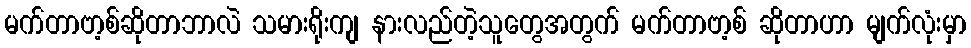
မက်တာဗာ့စ်ဆိုတာဘာလဲ သမားရိုးကျ နားလည်တဲ့သူတွေအတွက် မက်တာဗာ့စ် ဆိုတာဟာ မျက်လုံးမှာ